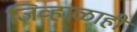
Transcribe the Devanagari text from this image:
जिव्हाळाही